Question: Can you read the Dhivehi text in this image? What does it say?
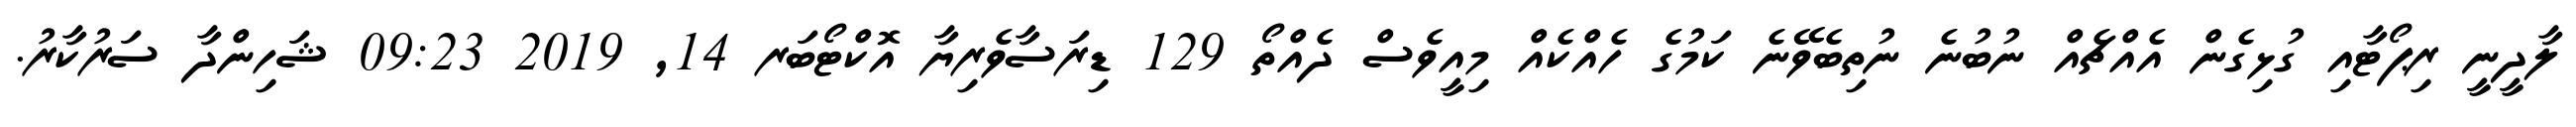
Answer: ލާދީނީ ރިޕޯޓާއި ގުޅިގެން އެއްޗެއް ނުބުނެ ނުތިބެވޭނެ ކަމުގެ ހެއްކެއް މިއީވެސް ދެއްތޯ 129 ޑިރަސާވެރިޔާ އޮކްޓޯބަރ 14, 2019 09:23 ޝަހިންދާ ސަރުކާރު.